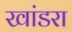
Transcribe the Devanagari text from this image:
खांडरा